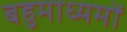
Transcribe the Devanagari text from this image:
बहुमाध्यमों